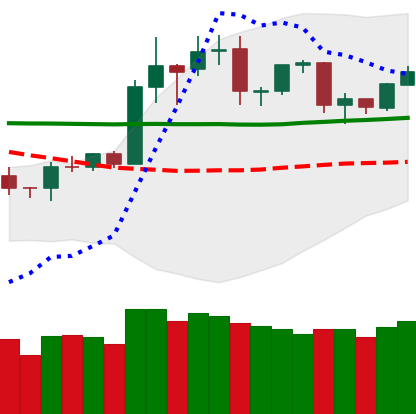
Ticker: TRX-USD
Chart end date: 2020-01-27
Forward return: 11.258%
Label: up_7plus